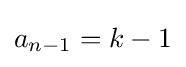
a_{n-1}=k-1